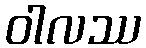
ဝါလဿ